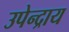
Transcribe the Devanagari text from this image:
उपेन्द्राय